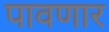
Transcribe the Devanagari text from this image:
पावणार